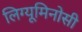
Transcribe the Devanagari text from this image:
लिग्यूमिनोसी